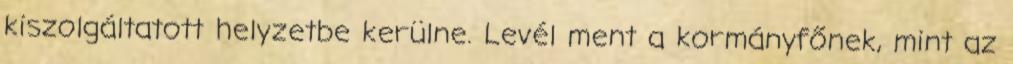
kiszolgáltatott helyzetbe kerülne. Levél ment a kormányfőnek, mint az